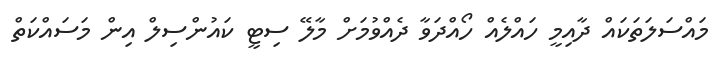
މައްސަލަތަކައް ދާއިމީ ހައްލެއް ހޯއްދަވާ ދެއްވުމަށް މާލޭ ސިޓީ ކައުންސިލް އިން މަސައްކަތް